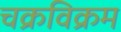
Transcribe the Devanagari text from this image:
चक्रविक्रम